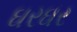
ઘરઘર